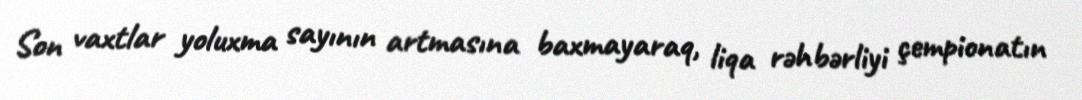
Son vaxtlar yoluxma sayının artmasına baxmayaraq, liqa rəhbərliyi çempionatın